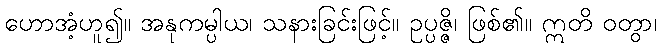
ဟောအံ့ဟူ၍။ အနုကမ္ပါယ၊ သနားခြင်းဖြင့်။ ဥပ္ပဇ္ဇိ၊ ဖြစ်၏။ ဣတိ ဝတွာ၊